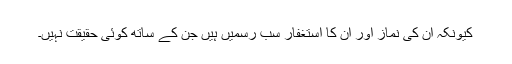
کیونکہ اُن کی نماز اور اُن کا استغفار سب رسمیں ہیں جن کے ساتھ کوئی حقیقت نہیں۔